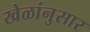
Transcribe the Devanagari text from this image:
खेळांनुसार